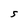
Character: 5